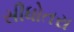
સીધોતરા